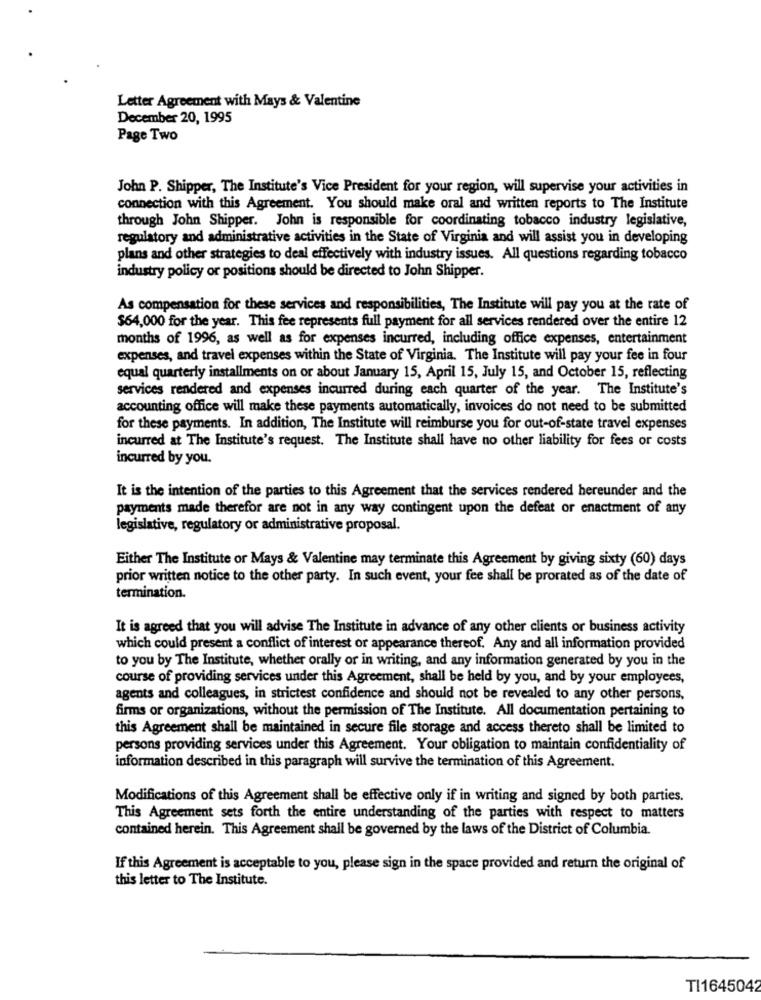
Letter Agreement with Mays & Valentine
December 20, 1995
Page Two
John P. Shipper, The Institute's Vice President for your region, will supervise your activities in
connection with this Agreement. You should make oral and written reports to The Institute
through John Shipper. John is responsible for coordinating tobacco industry legislative,
regulatory and administrative activities in the State of Virginia and will assist you in developing
plans and other strategies to deal effectively with industry issues. All questions regarding tobacco
industry policy or positions should be directed to John Shipper.
As compensation for these services and responsibilities, The Institute will pay you at the rate of
$64,000 for the year. This fee represents full payment for all services rendered over the entire 12
months of 1996, as well as for expenses incurred, including office expenses, entertainment
expenses, and travel expenses within the State of Virginia. The Institute will pay your fee in four
equal quarterly installments on or about January 15, April 15, July 15, and October 15, reflecting
services rendered and expenses incurred during each quarter of the year. The Institute's
accounting office will make these payments automatically, invoices do not need to be submitted
for these payments. In addition, The Institute will reimburse you for out-of-state travel expenses
incurred at The Institute's request. The Institute shall have no other liability for fees or costs
incurred by you.
It is the intention of the parties to this Agreement that the services rendered hereunder and the
payments made therefor are not in any way contingent upon the defeat or enactment of any
legislative, regulatory or administrative proposal.
Either The Institute or Mays & Valentine may terminate this Agreement by giving sixty (60) days
prior written notice to the other party. In such event, your fee shall be prorated as of the date of
termination.
It is agreed that you will advise The Institute in advance of any other clients or business activity
which could present a conflict of interest or appearance thereof. Any and all information provided
to you by The Institute, whether orally or in writing, and any information generated by you in the
course of providing services under this Agreement, shall be held by you, and by your employees,
agents and colleagues, in strictest confidence and should not be revealed to any other persons,
firms or organizations, without the permission of The Institute. All documentation pertaining to
this Agreement shall be maintained in secure file storage and access thereto shall be limited to
persons providing services under this Agreement. Your obligation to maintain confidentiality of
information described in this paragraph will survive the termination of this Agreement.
Modifications of this Agreement shall be effective only if in writing and signed by both parties.
This Agreement sets forth the entire understanding of the parties with respect to matters
contained herein. This Agreement shall be governed by the laws of the District of Columbia.
If this Agreement is acceptable to you, please sign in the space provided and return the original of
this letter to The Institute.
TI1645042